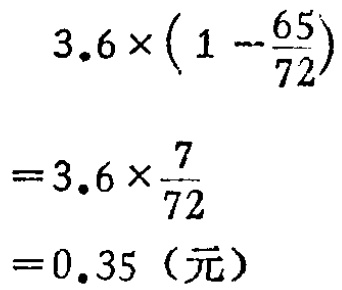
\[

\begin{align*}

&3.6\times(1 - \frac{65}{72})\\

=&3.6\times\frac{7}{72}\\

=&0.35（\text{元}）

\end{align*}

\]